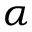
\alpha